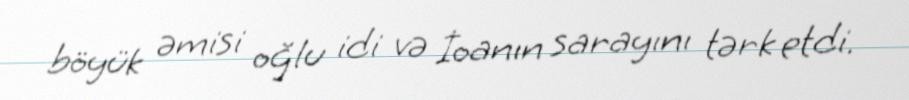
böyük əmisi oğlu idi və İoanın sarayını tərk etdi.